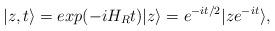
LaTeX: \begin{align*}|z,t \rangle = exp(-i H_R t)|z \rangle = e^{-i t/2}|z e^{-i t}\rangle,\end{align*}